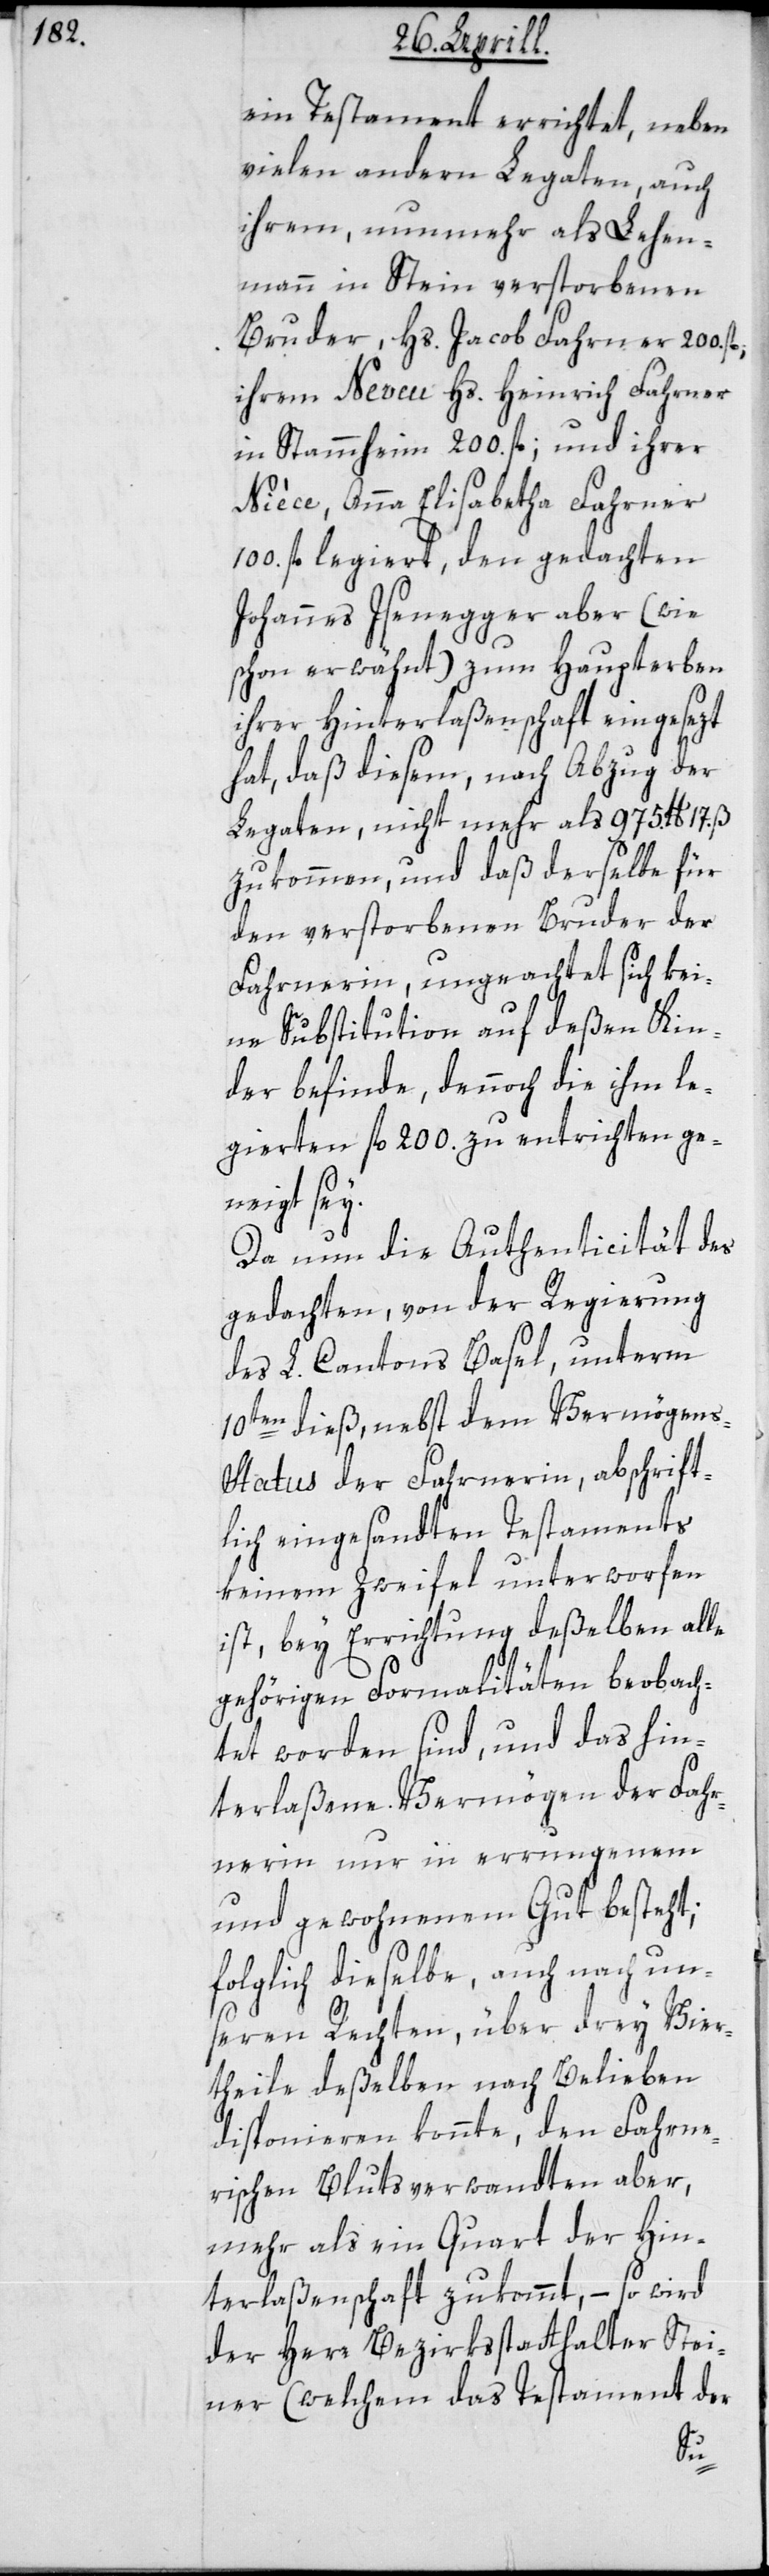
ein Testament errichtet, neben
vielen andern Legaten, auch
ihrem, nunmehr als Lehen¬
mann in Stein verstorbenen
Bruder, Hs. Jacob Fahrner 200
ihrem Neveu Hs. Heinrich Fahrner
in Stammheim 200. fl; und ihrer
Nièce, Anna Elisabetha Fahrner
100. fl legiert, den gedachten
Johannes Isenegger aber (wie
schon erwähnt) zum Haupterben
ihrer Hinterlaßenschaft eingesezt
hat, daß diesem, nach Abzug der
Legaten, nicht mehr als 975. lb 17.
zukommen, und daß derselbe für
den verstorbenen Bruder der
Fahrnerin, ungeachtet sich kei¬
ne Substitution auf deßen Kin¬
der befinde, dennoch die ihm le¬
gierten fl 200. zu entrichten ge¬
neigt sey.
Da nun die Authenticität des
gedachten, von der Regierung
des L. Cantons Basel, unterm
10ten dieß, nebst dem Vermögen¬
s-Status der Fahrnerin, abschrift¬
lich eingesandten Testaments
keinem Zweifel unterworfen
ist, bey Errichtung deßelben all¬
gehörigen Formalitäten beobach¬
tet worden sind, und das hin¬
terlaßene Vermögen der Fahr¬
nerin nur in errungenem
und gewohnenem Gut besteht;
folglich dieselbe, auch nach un¬
seren Rechten, über drey Vier¬
theile deßelben nach Belieben
disponieren konnte, den Fahrne¬
rischen Blutsverwandten aber,
mehr als ein Quart der Hin¬
terlaßenschaft zukommt, – so wird
der Herr Bezirksstatthalter Stei¬
ner (welchem des Testament der